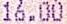
16.00